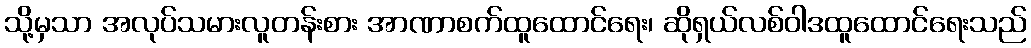
သို့မှသာ အလုပ်သမားလူတန်းစား အာဏာစက်ထူထောင်ရေး၊ ဆိုရှယ်လစ်ဝါဒထူထောင်ရေးသည်